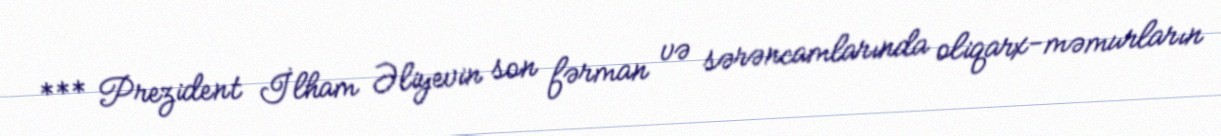
*** Prezident İlham Əliyevin son fərman və sərəncamlarında oliqarx-məmurların